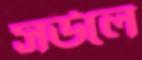
সউলে